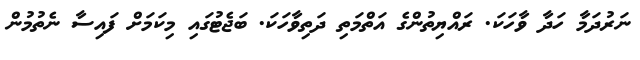
ނަރުދަމާ ހަދާ ވާހަކަ. ރައްޔިތުންގެ އަތްމަތި ދަތިވާހަކަ. ބަޖެޓުގައި މިކަމަށް ފައިސާ ނެތުމުން